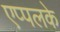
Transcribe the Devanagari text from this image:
एप्पलके